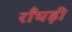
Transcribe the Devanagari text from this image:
राँघड़ी